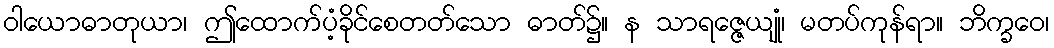
ဝါယောဓာတုယာ၊ ဤထောက်ပံ့ခိုင်စေတတ်သော ဓာတ်၌။ န သာရဇ္ဇေယျုံ၊ မတပ်ကုန်ရာ။ ဘိက္ခဝေ၊